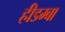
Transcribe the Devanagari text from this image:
हीडम्बा